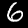
Label: 6